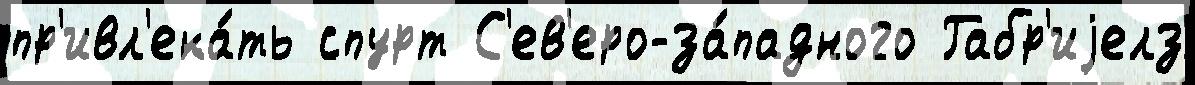
пр'ивл'ека́ть спурт С'ев'еро-за́падного Габр'иjелз